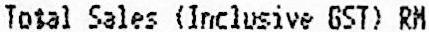
TOTAL SALES (INCLUSIVE GST) RM